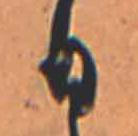
日